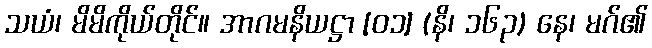
သယံ၊ မိမိကိုယ်တိုင်။ အာဂမနိယဋ္ဌာ [၀၁] (နိ၊ ၁၆၃) နေ၊ မဂ်၏